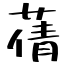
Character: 蒨